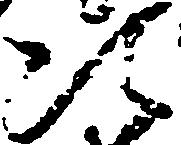
次